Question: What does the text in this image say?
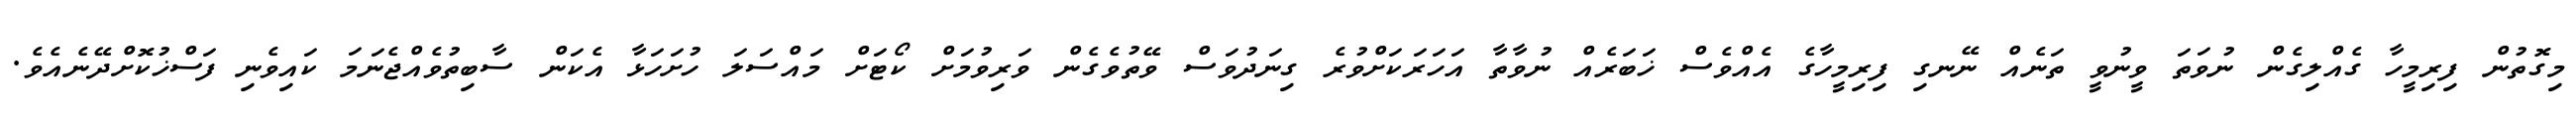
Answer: މިގޮތުން ފިރިމީހާ ގެއްލިގެން ނުވަތަ ވީނުވީ ތަނެއް ނޭނގި ފިރިމީހާގެ އެއްވެސް ޚަބަރެއް ނުވާތާ އަހަރަކަށްވުރެ ގިނަދުވަސް ވޭތުވެގެން ވަރިވުމަށް ކޯޓަށް މައްސަލަ ހުށަހަޅާ އެކަން ސާބިތުވެއްޖެނަމަ ކައިވެނި ފަސްޚުކޮށްދޭނެއެވެ.